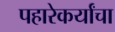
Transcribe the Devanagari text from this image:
पहारेकर्यांचा